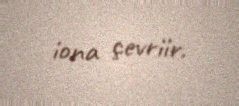
iona çevriir.